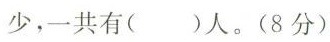
少，一共有( )人。(8分)